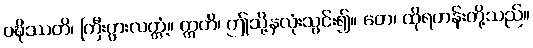
ဝဍ္ဎိဿတိ၊ ကြီးပွားလတ္တံ့။ ဣတိ၊ ဤသို့နှလုံးသွင်း၍။ တေ၊ ထိုရဟန်းတို့သည်။